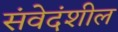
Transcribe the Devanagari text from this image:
संवेदंशील